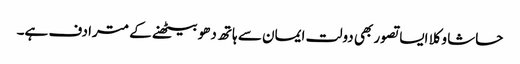
حاشا وکلا ایسا تصور بھی دولت ایمان سے ہاتھ دھو بیٹھنے کے مترادف ہے۔